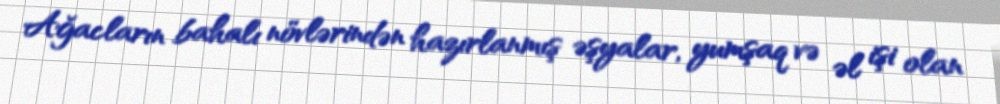
Ağacların bahalı növlərindən hazırlanmış əşyalar, yumşaq və əl işi olan